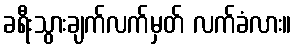
ခရီးသွားချက်လက်မှတ် လက်ခံလား။